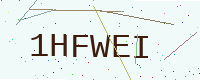
Text: 1HFWEI